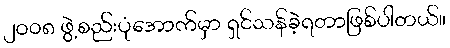
၂၀၀၈ ဖွဲ့စည်းပုံအောက်မှာ ရှင်သန်ခဲ့ရတာဖြစ်ပါတယ်။